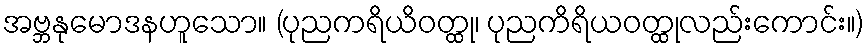
အဗ္ဘနုမောဒနဟူသော။ (ပုညကရိယိဝတ္ထု၊ ပုညကိရိယဝတ္ထုလည်းကောင်း။)